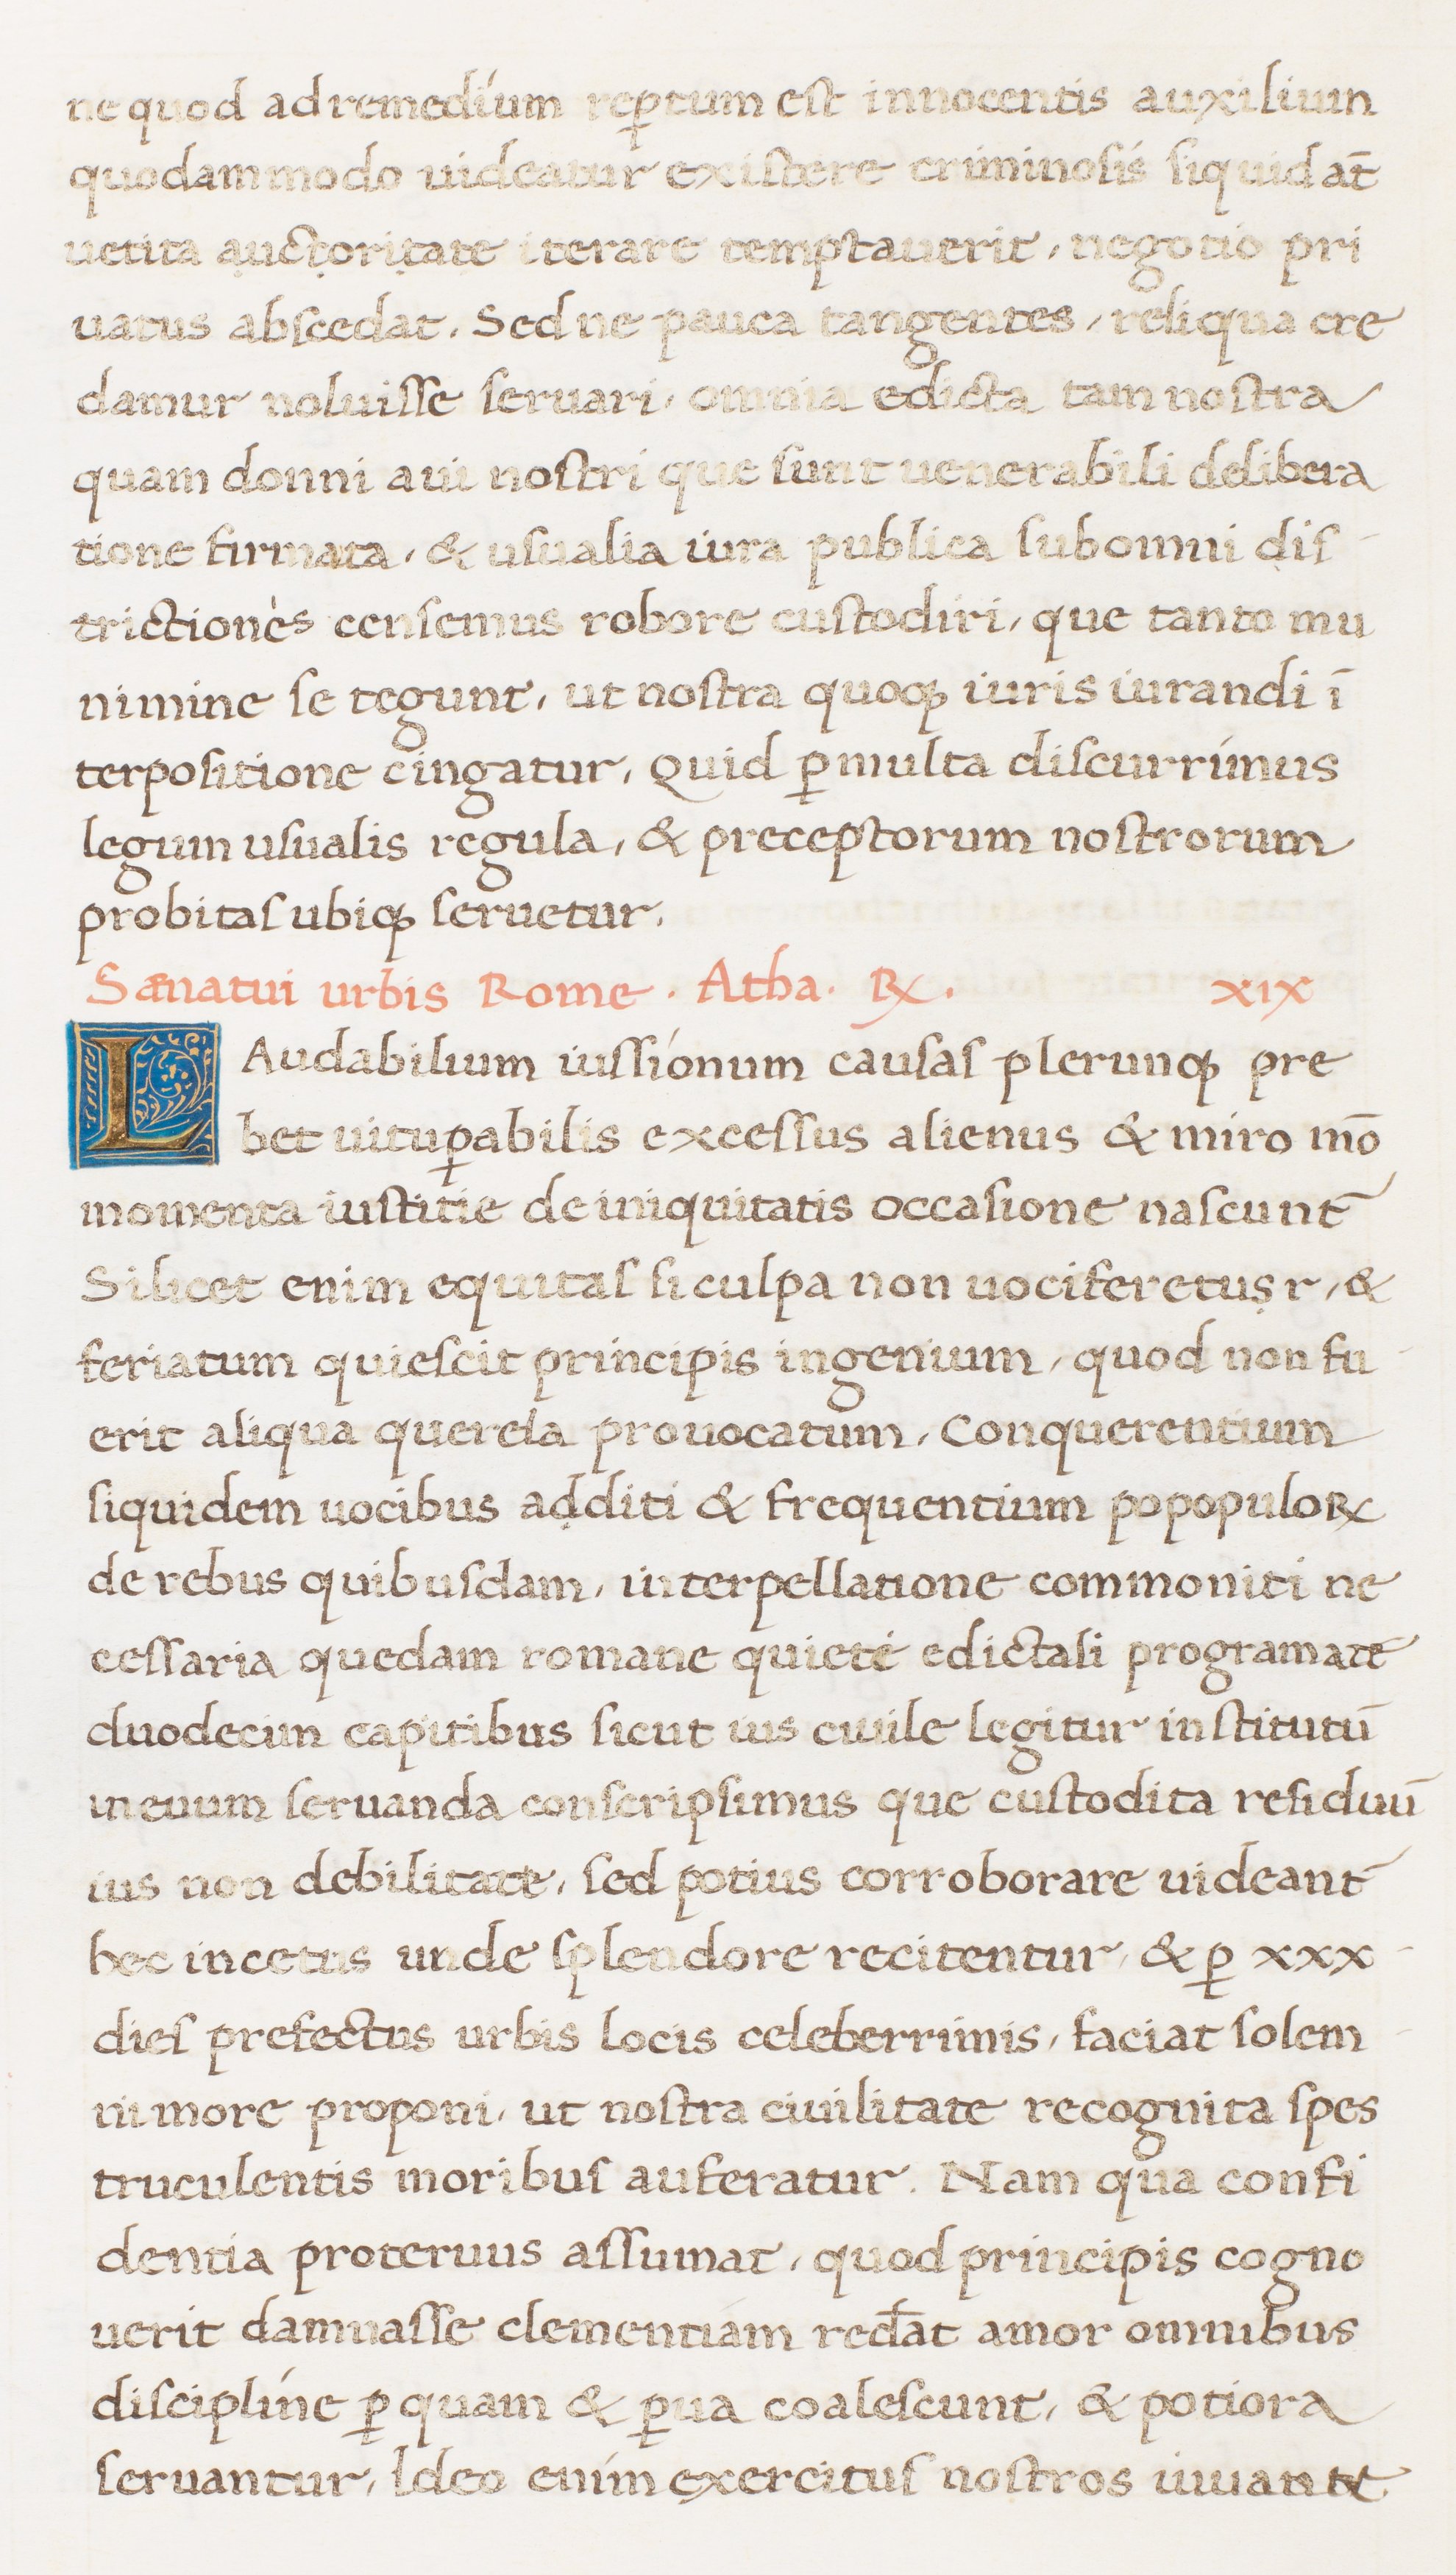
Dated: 1513–1521